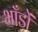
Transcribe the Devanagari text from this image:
भाँडों